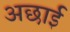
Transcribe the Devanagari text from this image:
अछाई